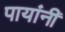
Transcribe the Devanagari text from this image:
पायांनीं